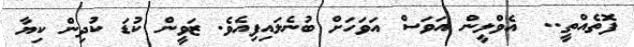
ފޮތެއްތީ..  އެވްލީން އަވަސް އަވަހަށް ބުނެލައިފިއެވެ. ޒަވީން ކުޑަ ކުދިން ކިޔާ